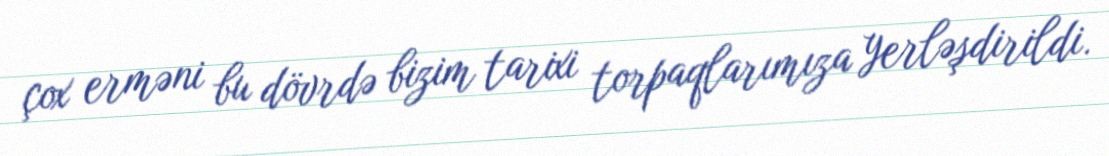
çox erməni bu dövrdə bizim tarixi torpaqlarımıza yerləşdirildi.